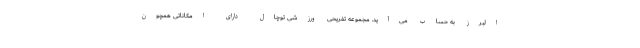
البرز به حساب می‌آید. مجموعه تفریحی ورزشی توچال دارای امکاناتی همچون